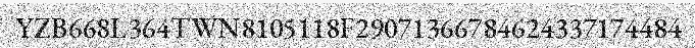
YZB668L364TWN8105118F29071366784624337174484